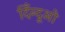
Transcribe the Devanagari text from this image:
दिँन्दूओ